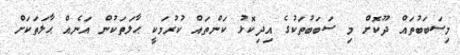
މިސަބަބުތައް ދޫކޮށް މި ސަބަބުތަކުގެ އިދިކޮޅު ކަންތައް ކުރުމަކީ ޙާލަތަކުން އަނެއް ޙާލަތަކަށް